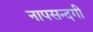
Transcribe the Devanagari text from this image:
नापसन्दगी